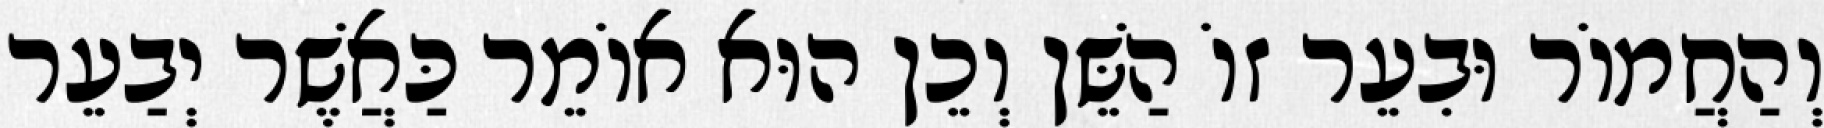
וְהַחֲמוֹר וּבִעֵר זוֹ הַשֵּׁן וְכֵן הוּא אוֹמֵר כַּאֲשֶׁר יְבַעֵר